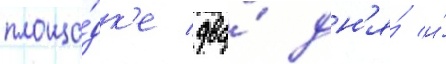
площа́дк'е два́ дн'я́ и́